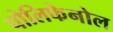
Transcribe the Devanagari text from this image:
पोलिफेनोल